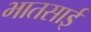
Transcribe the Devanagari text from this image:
भातसाई